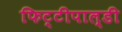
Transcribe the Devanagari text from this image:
फिट्टीपाल्डी